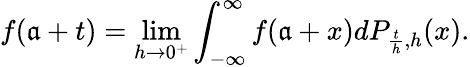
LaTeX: f(\mathfrak{a}+t)=\operatorname*{lim}_{h\to0^{+}}\int_{-\infty}^{\infty}f(\mathfrak{a}+x)dP_{{\frac{{t}}{{h}}},h}(x).